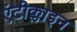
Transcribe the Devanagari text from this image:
एंटीक्लाइन